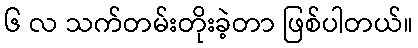
၆ လ သက်တမ်းတိုးခဲ့တာ ဖြစ်ပါတယ်။